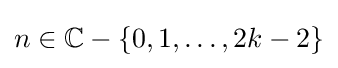
n\in \mathbb {C} -\{0,1,\dots ,2k-2\}